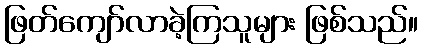
ဖြတ်ကျော်လာခဲ့ကြသူများ ဖြစ်သည်။